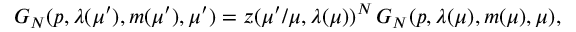
G _ { N } ( p , \lambda ( \mu ^ { \prime } ) , m ( \mu ^ { \prime } ) , \mu ^ { \prime } ) = z ( \mu ^ { \prime } / \mu , \lambda ( \mu ) ) ^ { N } \, G _ { N } ( p , \lambda ( \mu ) , m ( \mu ) , \mu ) ,